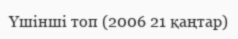
Үшінші топ (2006 21 қаңтар)